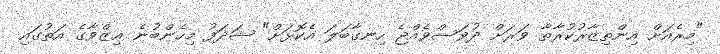
"މިރެއަށް އިންތިޒާރުކުރާތާ ވަރަށް ދުވަސްވެއްޖެ ހިނގާބަލަ އެކޮޅަށް" ޝަދަފު މިހެންބުނެ ޢިޒްވާގެ އަތުގައި